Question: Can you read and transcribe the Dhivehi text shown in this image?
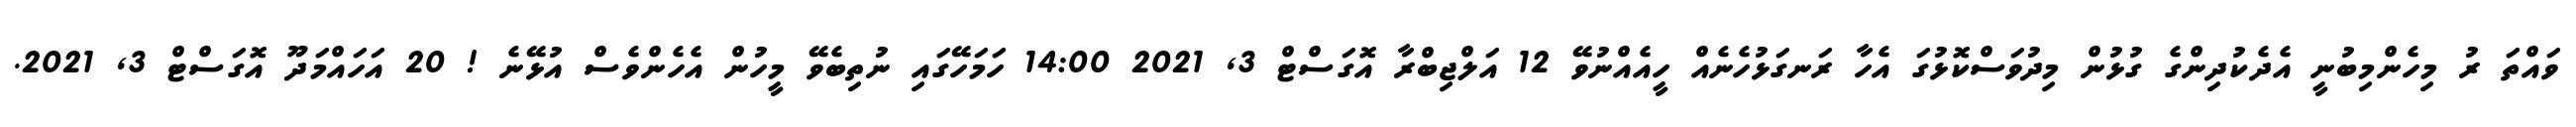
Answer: ވައްތަ ރު މިހެންމިބުނީ އެދެކުދިންގެ ގުޅުން މިދުވަސްކޮޅުގަ އެހާ ރަނގަޅުހެނެއް ހީއެއްނުވޭ 12 އަލްޖިބްރާ އޮގަސްޓް 3, 2021 14:00 ހަމަހޭގައި ނުތިބެވޭ މީހުން އެހެންވެސް އުޅޭނެ ! 20 އަހައްމަދޫ އޮގަސްޓް 3, 2021.